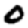
Digit: 0